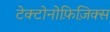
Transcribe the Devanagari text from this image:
टेक्टोनोफ़िज़िक्स